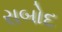
રાબોદ